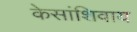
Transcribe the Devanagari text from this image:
केसांशिवाय